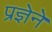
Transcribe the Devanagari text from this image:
प्रज्ञेने